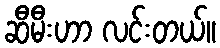
ဆီမီးဟာ လင်းတယ်။